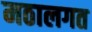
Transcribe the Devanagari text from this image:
मठालगत